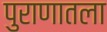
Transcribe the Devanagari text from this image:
पुराणातला